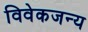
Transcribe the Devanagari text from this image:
विवेकजन्य